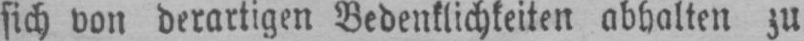
sich von derartigen Bedenklichkeiten abhalten zu